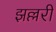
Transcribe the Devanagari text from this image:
झल्लरी